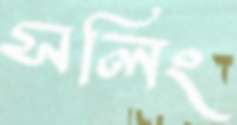
সলিং